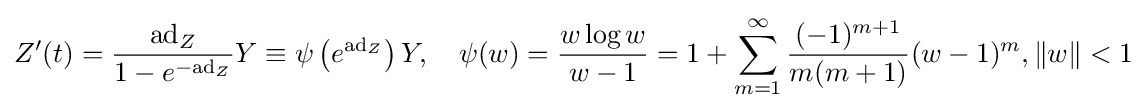
Z'(t)={\frac {\mathrm {ad} _{Z}}{1-e^{-\mathrm {ad} _{Z}}}}Y\equiv \psi \left(e^{\mathrm {ad} _{Z}}\right)Y,\quad \psi (w)={\frac {w\log w}{w-1}}=1+\sum _{m=1}^{\infty }{\frac {(-1)^{m+1}}{m(m+1)}}(w-1)^{m},\|w\|<1